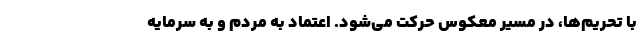
با تحریم‌ها، در مسیر معکوس حرکت می‌شود. اعتماد به مردم و به سرمایه